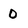
Character: 0